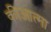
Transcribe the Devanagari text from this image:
कीआत्मा